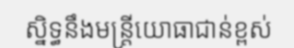
ស្និទ្ធនឹងមន្ត្រីយោធាជាន់ខ្ពស់